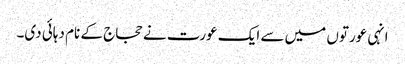
انہی عورتوں میں سے ایک عورت نے حجاج کے نام دہائی دی۔